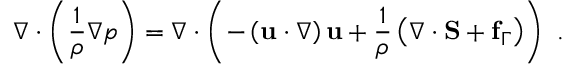
\nabla \cdot \left( \frac { 1 } { \rho } \nabla p \right) = \nabla \cdot \left( - \left( \mathbf { u } \cdot \nabla \right) \mathbf { u } + \frac { 1 } { \rho } \left( \nabla \cdot \mathbf { S } + \mathbf { f } _ { \Gamma } \right) \right) \mathrm { ~ . ~ }